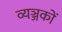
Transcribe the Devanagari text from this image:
व्यञ्जकों